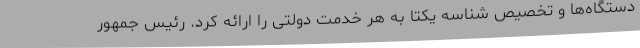
دستگاه‌ها و تخصیص شناسه یکتا به هر خدمت دولتی را ارائه کرد. رئیس جمهور